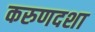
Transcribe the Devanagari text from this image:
करुणदशा